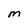
Character: m